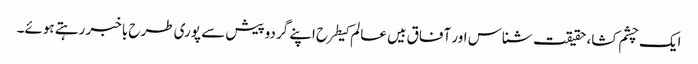
ایک چشم کشا، حقیقت شناس اور آفاق بیں عالم کیطرح اپنے گردوپیش سے پوری طرح باخبر رہتے ہوئے۔